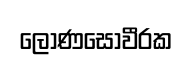
ලොණසොවීරක